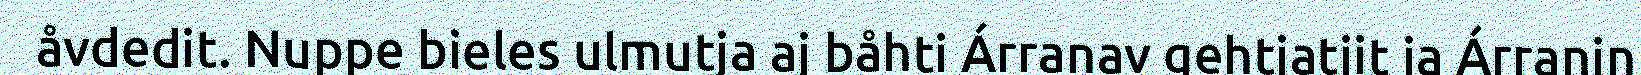
åvdedit. Nuppe bieles ulmutja aj båhti Árranav gehtjatjit ja Árranin